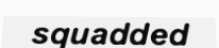
squadded